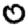
Digit: 0